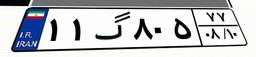
۱۱گ۸۰۵۷۷